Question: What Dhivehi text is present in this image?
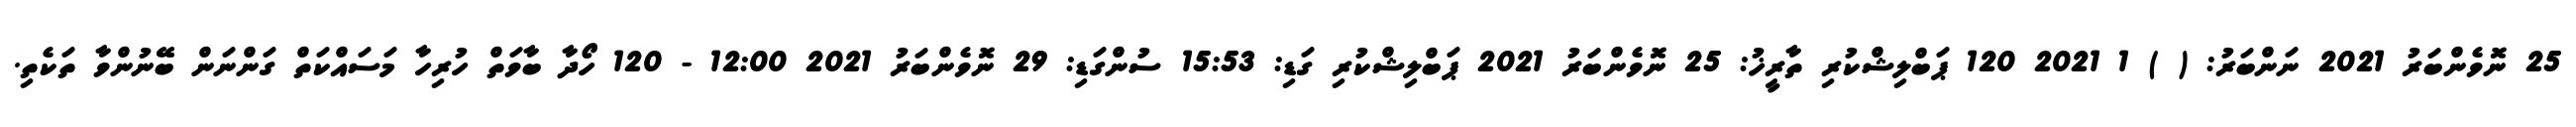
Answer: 25 ނޮވެންބަރު 2021 ނަންބަރު: ( ) 1 2021 120 ޕަބްލިޝްކުރި ތާރީޚު: 25 ނޮވެންބަރު 2021 ޕަބްލިޝްކުރި ގަޑި: 15:53 ސުންގަޑި: 29 ނޮވެންބަރު 2021 12:00 - 120 ހޯދާ ބާވަތް ހުރިހާ މަސައްކަތް ގަންނަން ބޭނުންވާ ތަކެތި.